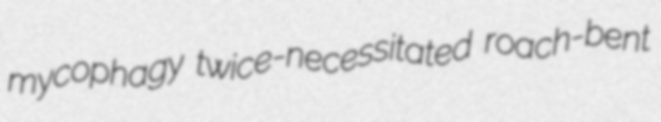
mycophagy twice-necessitated roach-bent